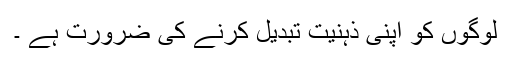
لوگوں کو اپنی ذہنیت تبدیل کرنے کی ضرورت ہے ۔